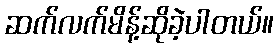
ဆက်လက်မိန့်ဆိုခဲ့ပါတယ်။